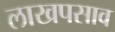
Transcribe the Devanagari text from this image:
लाखपसाव